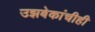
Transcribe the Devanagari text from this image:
उझबेकांचीही